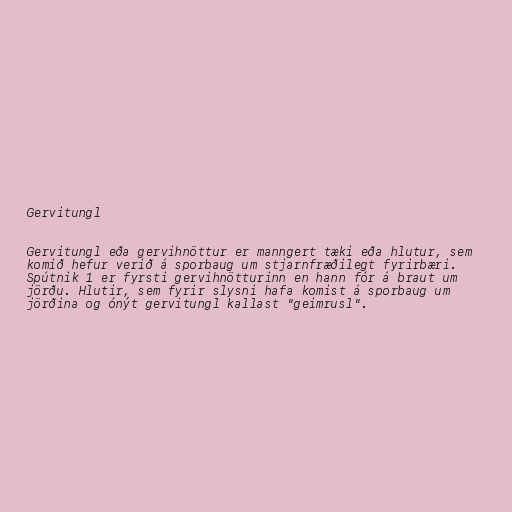
Gervitungl

Gervitungl eða gervihnöttur er manngert tæki eða hlutur, sem
komið hefur verið á sporbaug um stjarnfræðilegt fyrirbæri.
Spútnik 1 er fyrsti gervihnötturinn en hann fór á braut um
jörðu. Hlutir, sem fyrir slysni hafa komist á sporbaug um
jörðina og ónýt gervitungl kallast "geimrusl".